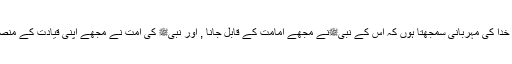
لیکن اسے میں خدا کی مہربانی سمجھتا ہوں کہ اس کے نبیﷺنے مجھے امامت کے قابل جانا , اور نبیﷺ کی اُمت نے مجھے اپنی قیادت کے منصب پر فائز کیا۔